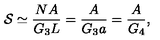
{ \cal { S } } \simeq \frac { N A } { G _ { 3 } L } = \frac { A } { G _ { 3 } a } = \frac { A } { G _ { 4 } } ,